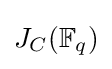
J_{C}(\mathbb {F} _{q})